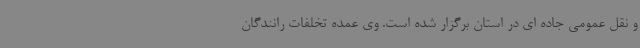
و نقل عمومی جاده ای در استان برگزار شده است. وی عمده تخلفات رانندگان